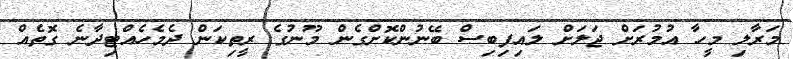
މަރާލި މީހާ އުމުރަށް ޖަލަށް ލައިފިބިސް ބޭނުންކޮށްގެން މޫނުގެ ރީތިކަން ދެމެހެއްޓިދާނެ ގޮތެއް